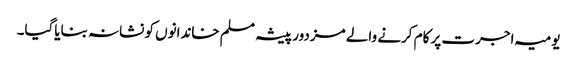
یومیہ اجرت پر کام کرنے والے مزدور پیشہ مسلم خاندانوں کو نشانہ بنایاگیا۔